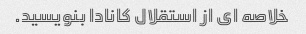
خلاصه ای از استقلال کانادا بنویسید.